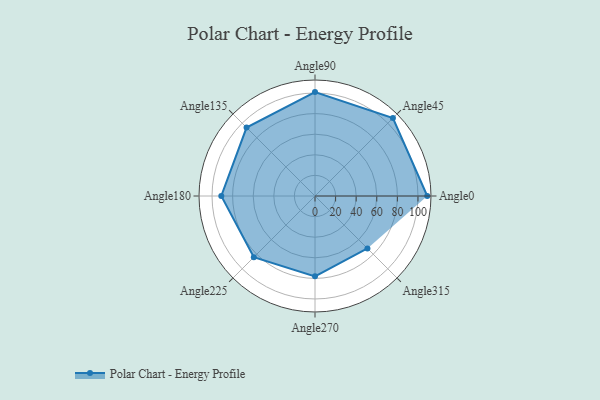
{"axis": {"x": "Angle", "y": "Radius"}, "legend": [""], "data": [{"x": "Angle0", "y": 109.0, "type": ""}, {"x": "Angle45", "y": 107.0, "type": ""}, {"x": "Angle90", "y": 101.0, "type": ""}, {"x": "Angle135", "y": 94.0, "type": ""}, {"x": "Angle180", "y": 91.0, "type": ""}, {"x": "Angle225", "y": 84.0, "type": ""}, {"x": "Angle270", "y": 78.0, "type": ""}, {"x": "Angle315", "y": 72.0, "type": ""}]}